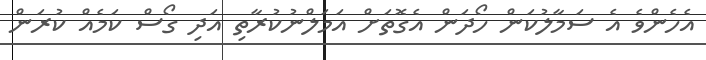
އެހެންވެ އެ ސަމާލުކަން ހޯދަން އެގޮތަށް އަމަލްނުކުރާތި އަދި ގޯސް ކަމެއް ކުރަން